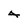
Character: 4